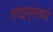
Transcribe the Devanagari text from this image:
लाइन्सकडे